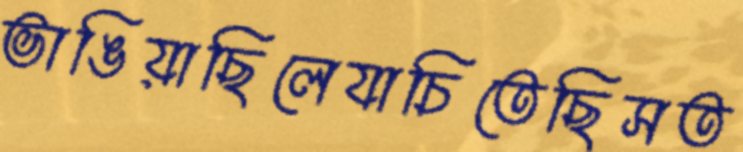
ভাঙিয়াছিলেযাচিতেছিসত